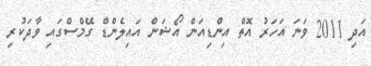
އަދި 2011 ވަނަ އަހަރު އޮތް އިންޑިއަން އޯޝަން އައިލެންޑް ގޭމްސްގައި ވާދަކުރި